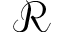
\mathcal { R }